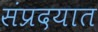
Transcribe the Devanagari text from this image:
संप्रदयात